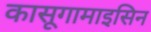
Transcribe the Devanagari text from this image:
कासूगामाइसिन